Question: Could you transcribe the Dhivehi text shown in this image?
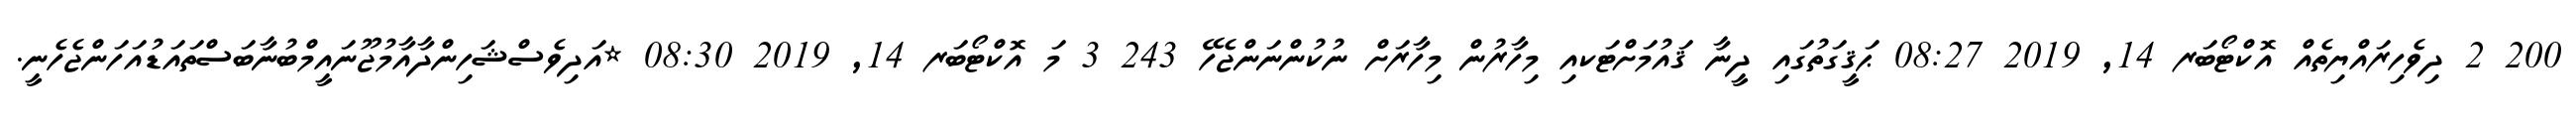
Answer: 200 2 ދިވެހިރައްޔިތެއް އޮކްޓޯބަރ 14, 2019 08:27 ޙަޤީގަތުގައި ދީނާ ޤައުމަށްޓަކއި މިހާރުން މިހާރަށް ނުކުންނަންޖެހޭ 243 3 މަ އޮކްޓޯބަރ 14, 2019 08:30 *އަދިވެސްޝަހިންދާއާމުޖޫނައީމްބުނާބަސްތައަޑުއަހަންޖެހެނީ.